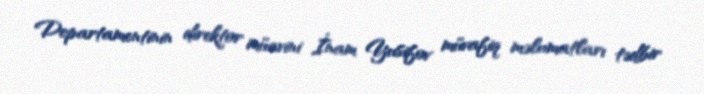
Departamentinin direktor müavini İnam Yusifov müvafiq məlumatları tədbir